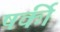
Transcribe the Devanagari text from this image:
षर्की